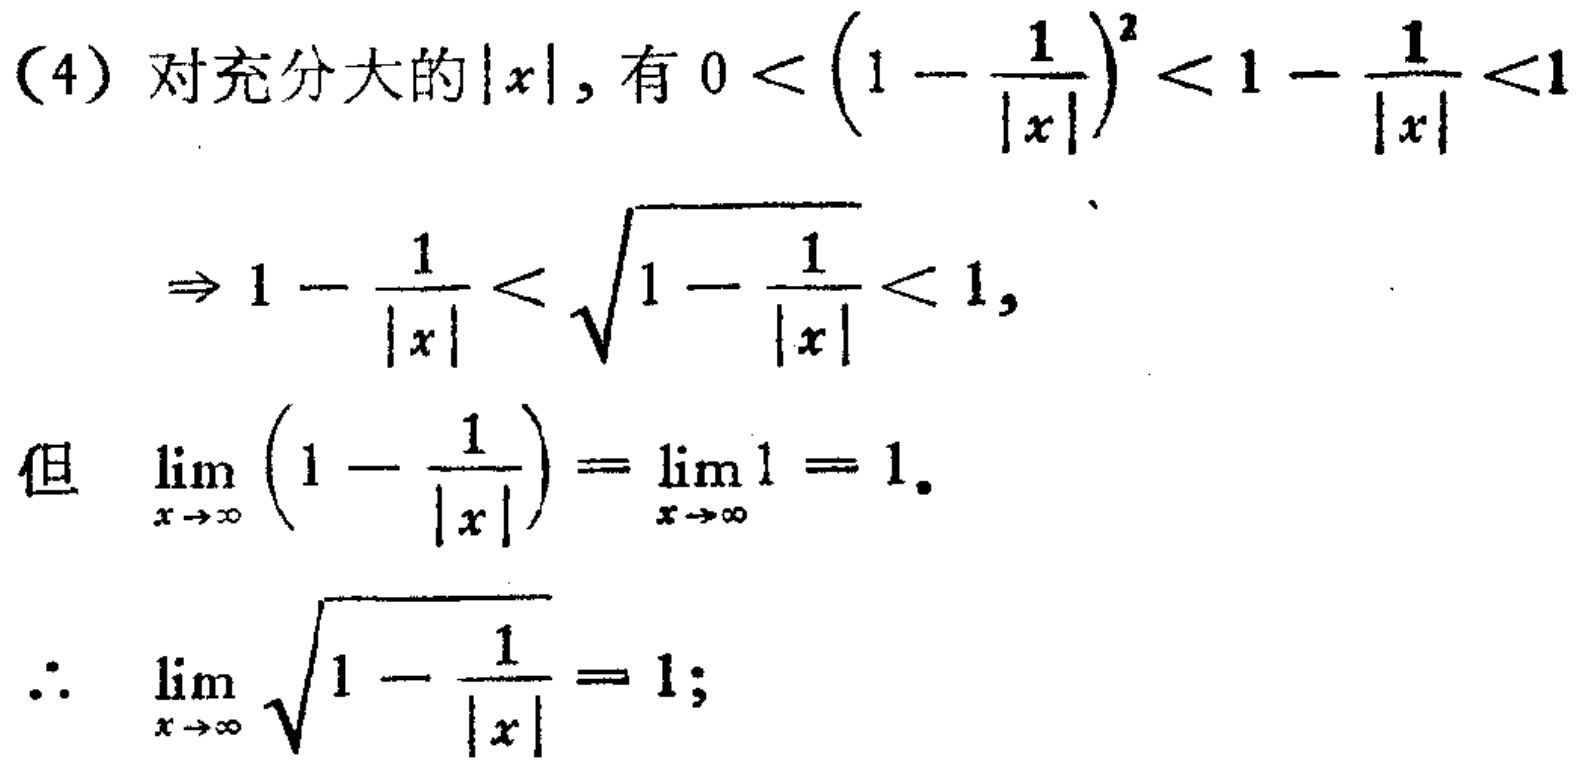
(4) 对充分大的\(\vert x\vert\)，有\(0 < \left(1 - \frac{1}{\vert x\vert}\right)^2 < 1 - \frac{1}{\vert x\vert} < 1\)
\[
\Rightarrow 1 - \frac{1}{\vert x\vert} < \sqrt{1 - \frac{1}{\vert x\vert}} < 1,
\]
但 \(\lim_{x \to \infty} \left(1 - \frac{1}{\vert x\vert}\right) = \lim_{x \to \infty} 1 = 1\).
\(\therefore\) \(\lim_{x \to \infty} \sqrt{1 - \frac{1}{\vert x\vert}} = 1\);